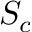
S _ { c }